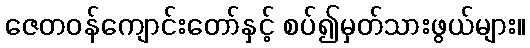
ဇေတဝန်ကျောင်းတော်နှင့် စပ်၍မှတ်သားဖွယ်များ။